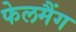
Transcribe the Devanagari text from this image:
फेलमैंग